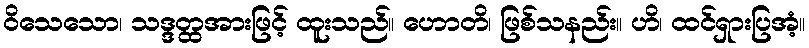
ဝိသေသော၊ သဒ္ဒတ္ထအားဖြင့် ထူးသည်။ ဟောတိ၊ ဖြစ်သနည်း။ ဟိ၊ ထင်ရှားပြအံ့။